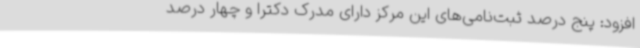
افزود: پنج درصد ثبت‌نامی‌های این مرکز دارای مدرک دکترا و چهار درصد